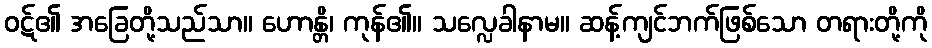
ဝဋ်၏ အခြေတို့သည်သာ။ ဟောန္တိ၊ ကုန်၏။ သလ္လေခါနာမ။ ဆန့်ကျင်ဘက်ဖြစ်သော တရားတို့ကို